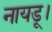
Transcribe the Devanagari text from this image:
नायडू।